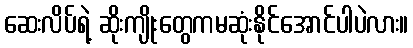
ဆေးလိပ်ရဲ့ ဆိုးကျိုးတွေကမဆုံးနိုင်အောင်ပါပဲလား။